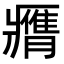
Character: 𦢖